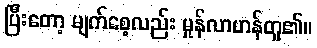
ပြီးတော့ မျက်စေ့လည်း မှုန်လာဟန်တူ၏။